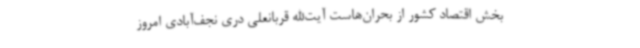
بخش اقتصاد کشور از بحران‌هاست آیت‌الله قربانعلی دری نجف‌آبادی امروز